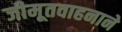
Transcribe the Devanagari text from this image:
जीमूतवाहनाने